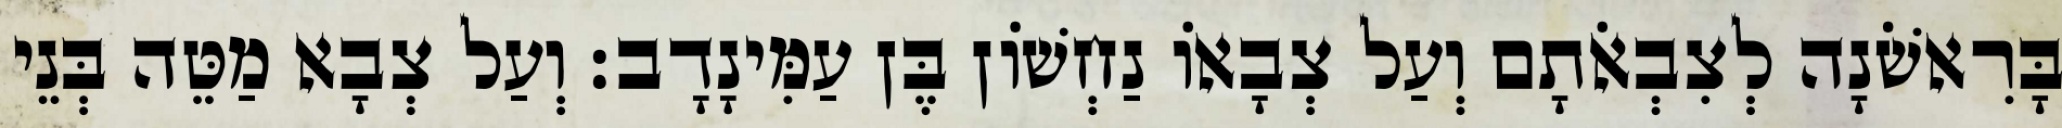
בָּרִאשֹׁנָה לְצִבְאֹתָם וְעַל צְבָאוֹ נַחְשׁוֹן בֶּן עַמִּינָדָב׃ וְעַל צְבָא מַטֵּה בְּנֵי